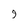
Character: 9